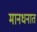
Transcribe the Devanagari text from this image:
मानधनात